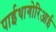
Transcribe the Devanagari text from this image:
पाईथागोरिआई